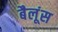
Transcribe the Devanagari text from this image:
बैलूंस